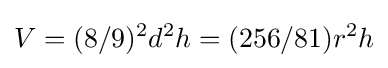
V=(8/9)^{2}d^{2}h=(256/81)r^{2}h